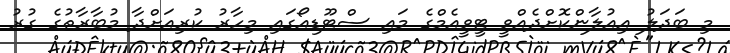
މި ބަދަލު އިއުލާންކޮށްދެއްވީ ޓީވީއެމްގެ މައި ސްޓޫޑިއޯގައި މިހާރު ކުރިއަށްދާ މުބާރާތުގެ ގުރު